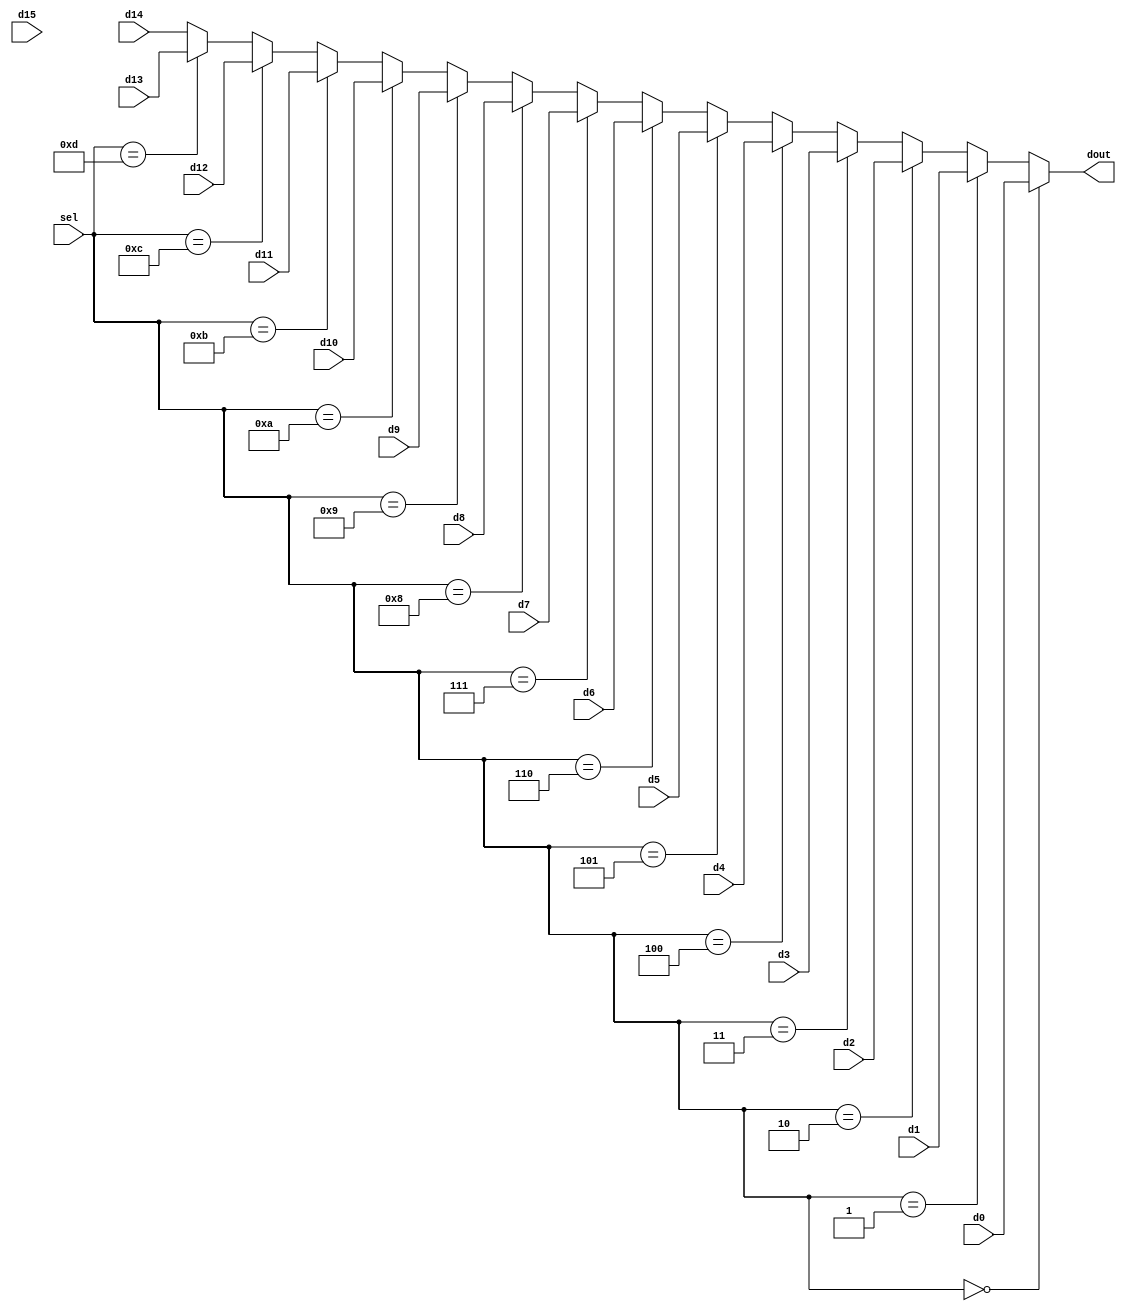
//multiplexer 16 to 1

module multiplexer(sel, d0, d1,d2,d3,d4,d5,d6,d7,d8,d9,d10,d11,d12,d13,d14,d15, dout);
  input[3:0] sel;
  input[15:0] d0, d1,d2,d3,d4,d5,d6,d7,d8,d9,d10,d11,d12,d13,d14,d15; 

  output [15:0] dout;

  assign dout = (sel == 4'd0) ? d0 :
                (sel == 4'd1) ? d1 :           
                (sel == 4'd2) ? d2 : 
                (sel == 4'd3) ? d3 :
                (sel == 4'd4) ? d4 :
                (sel == 4'd5) ? d5 :
                (sel == 4'd6) ? d6 :
                (sel == 4'd7) ? d7 :
                (sel == 4'd8) ? d8 :
                (sel == 4'd9) ? d9 :
                (sel == 4'd10) ? d10 :
                (sel == 4'd11) ? d11 : 
                (sel == 4'd12) ? d12 :
                (sel == 4'd13) ? d13 :
                d14;
     
endmodule